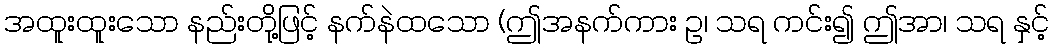
အထူးထူးသော နည်းတို့ဖြင့် နက်နဲထသော (ဤအနက်ကား ဥ၊ သရ ကင်း၍ ဤအာ၊ သရ နှင့်